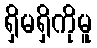
ရှိမရှိကိုမူ